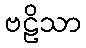
ဗဠိသာ